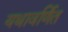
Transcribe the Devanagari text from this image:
यथावर्णित